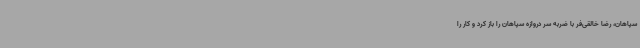
سپاهان، رضا خالقی‌فر با ضربه سر دروازه سپاهان را باز کرد و کار را